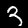
Digit: 3